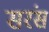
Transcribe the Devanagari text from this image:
सरंस